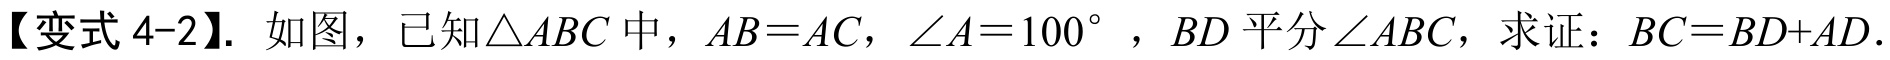
【变式 4-2】. 如图，已知\(\triangle ABC\)中，\(AB = AC\)，\(\angle A = 100^{\circ}\)，\(BD\)平分\(\angle ABC\)，求证：\(BC = BD + AD\).